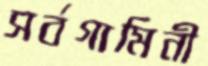
সর্বগামিনী